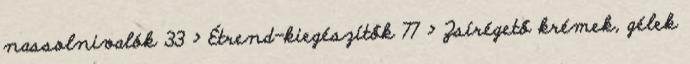
nassolnivalók 33 › Étrend-kiegészítők 77 › Zsírégető krémek, gélek